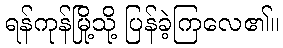
ရန်ကုန်မြို့သို့ ပြန်ခဲ့ကြလေ၏။